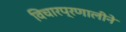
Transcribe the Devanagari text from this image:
विचारप्रणालीने